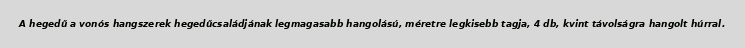
A hegedű a vonós hangszerek hegedűcsaládjának legmagasabb hangolású, méretre legkisebb tagja, 4 db, kvint távolságra hangolt húrral.